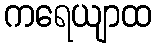
ကရေယျာထ